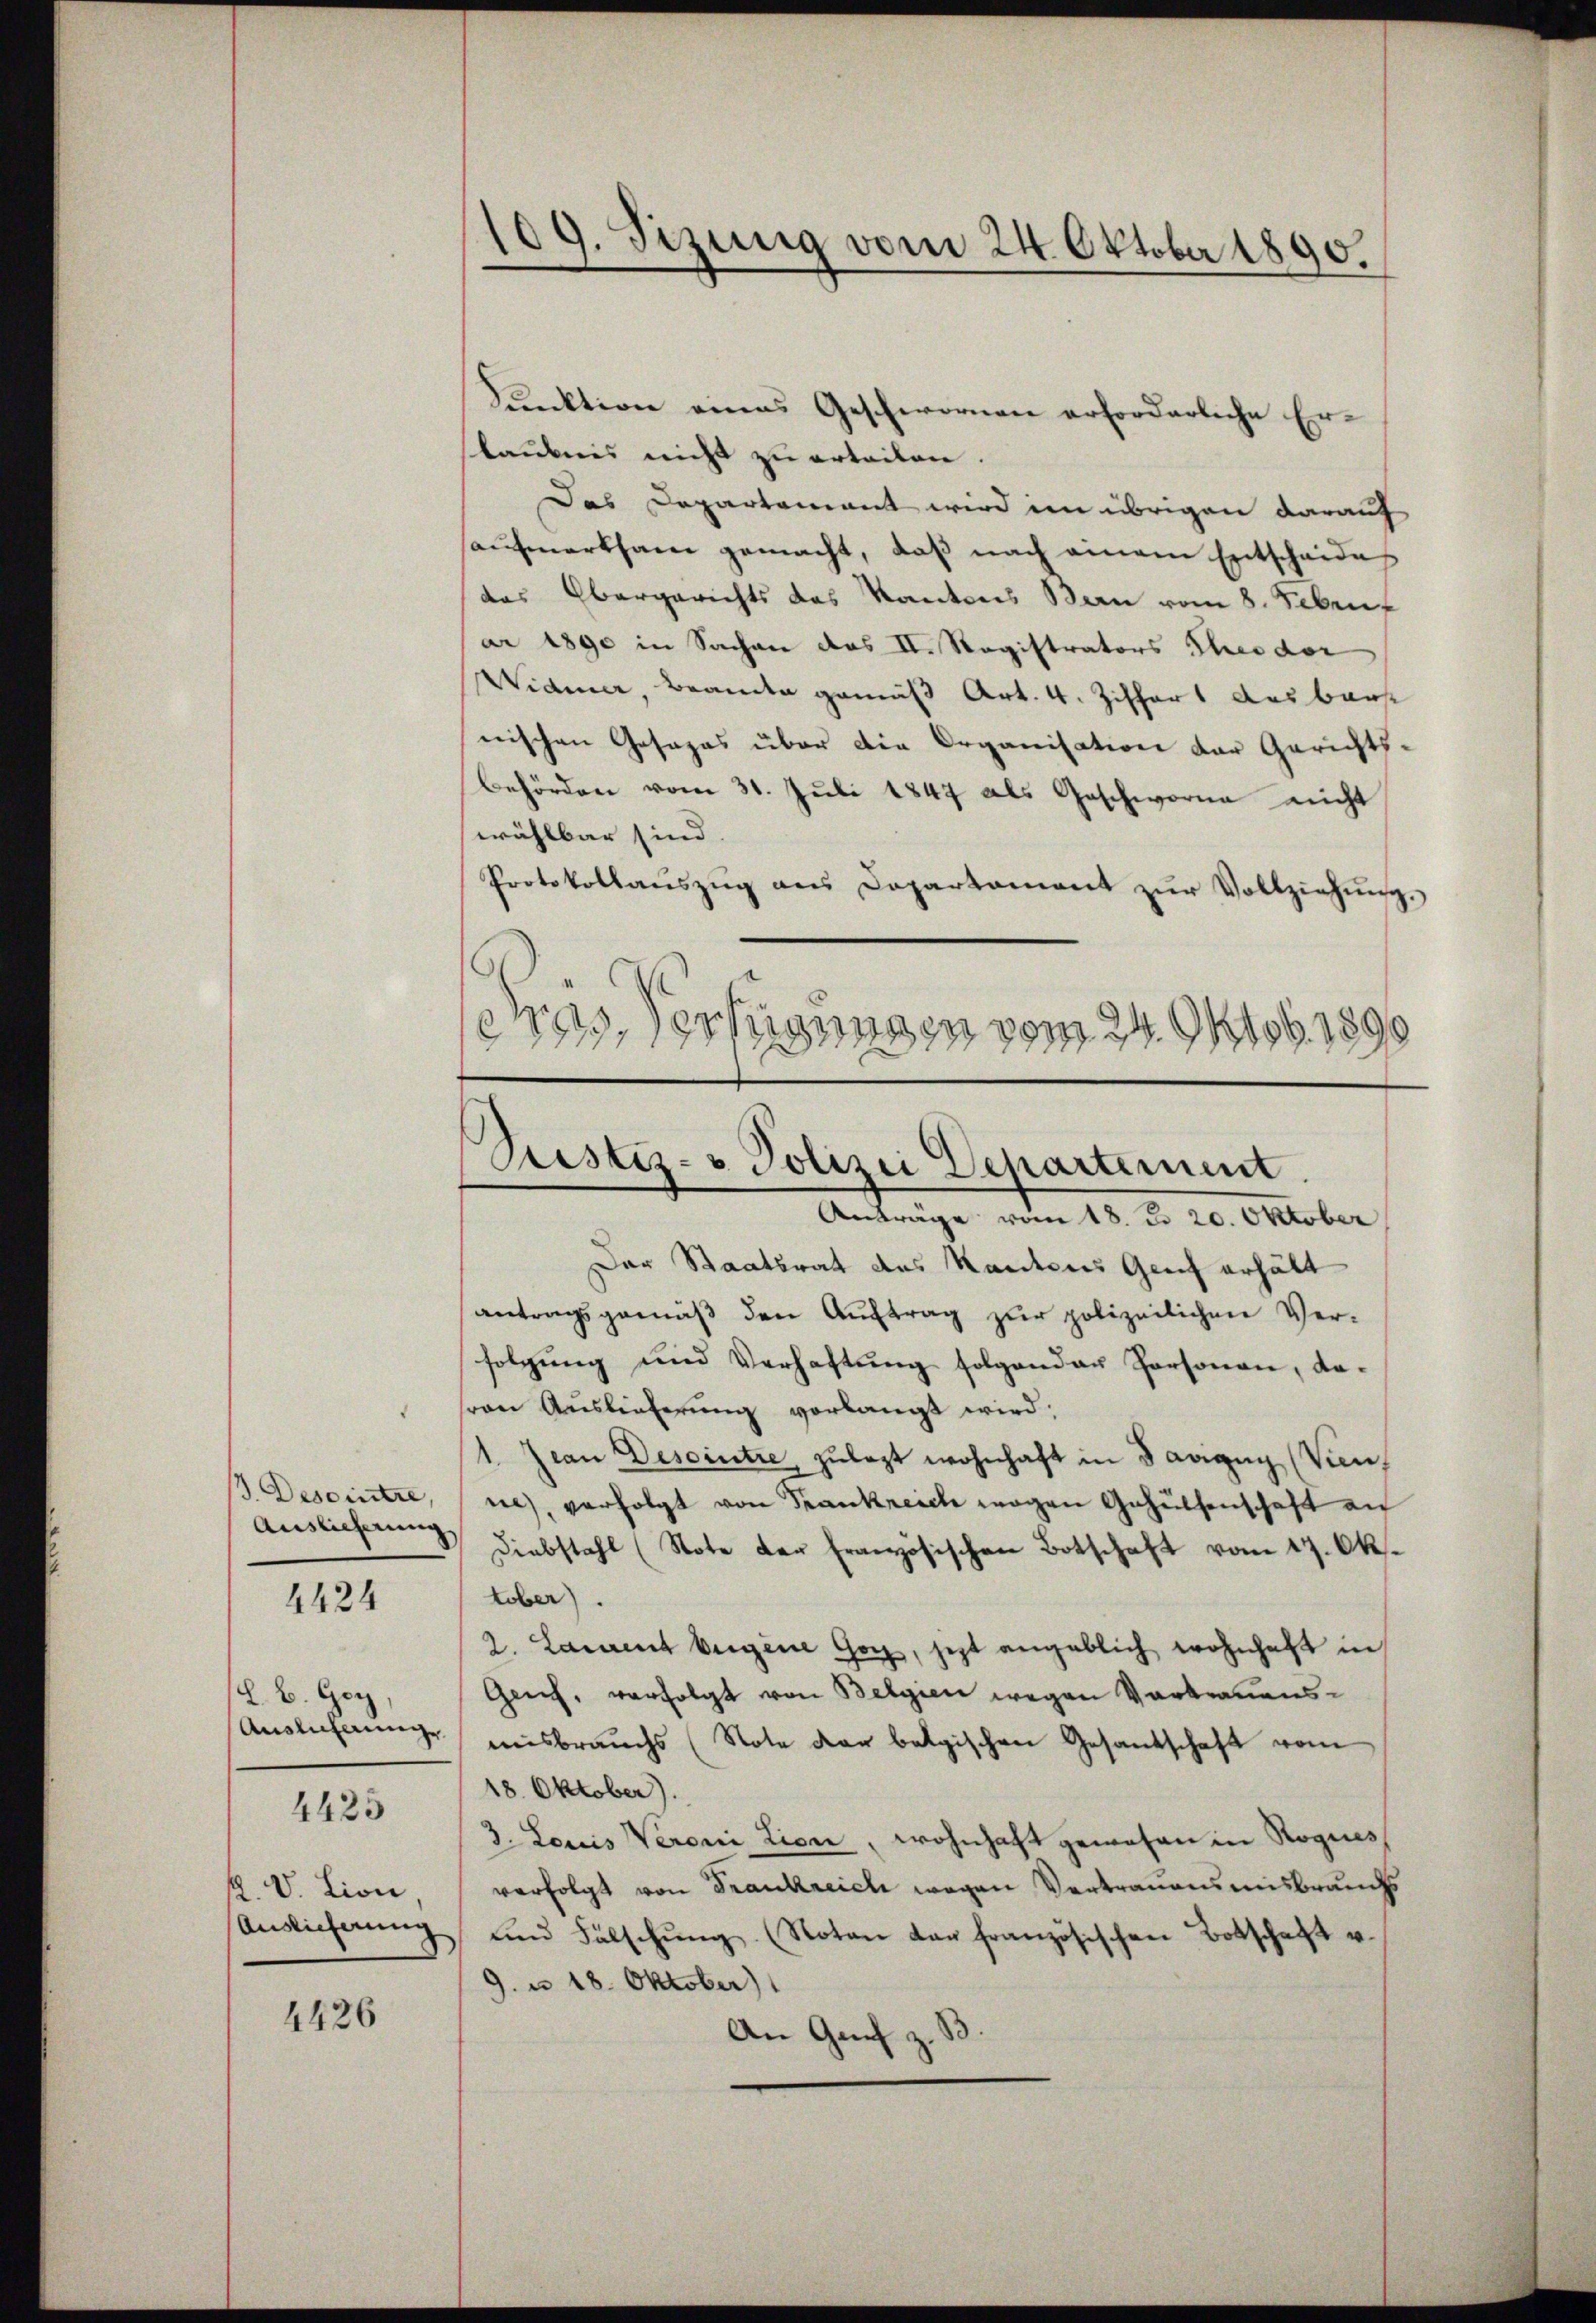
4424

Auslieferung
(L. B. Ger
4425

4426

Funktion eines Geschwornen erforderliche Erlaubnis nicht zu erteilen.
Das Departement wird im übrigen darauf
aŭfmerksam gemacht, daβ nach einem Entscheides
das Obergerichts das Kantons Bern vom 8. Febru
ar 1890 in Sachen das II. Ragistrators Theodor
Widmer, Beamte gemäß Art. 4. Ziffers aus bars
nischen Gesages über die Organisation der Gerichtsbehörden vom 31. Juli 1847 als Geschworne nicht
wählbar sind.
Protokollaŭszŭg ans Departament zŭr Vollziehŭng.
eos, Verfügungen vom 24. Mob. 1890
17 f.

Der Staatsrat des Kantons Gerich erhält
antragsgemäß den Auftrag zur polizeilichen Ver-
folgung und Verhaftung folgender Personen, dasren Auslieferung verlangt wird;
1. Jean Deseintre, zulezt wohnhaft in Savigny (Vien,
Desointre, ne verfolgt von Frankreich wegen Gehülfenschaft au
Diebstahl (Note der Französischen Botschaft vom 17. Ok-
tober).
2. Laient beigene Gor, jetzt angeblich wohnhaft in
Genf, verfolgt von Belgien wegen Vortrauens¬
Auslicherung ausbrauchs (Note der belgischen Gesandschaft vom
18. Oktober).
3. Louis Veroni Lion, wohnhaft gewesen in Rogues
2. V. Lion verfolgt von Frankreich wegen Vertrauensmisbrauchs
Auslicherŭng ŭnd Fälschŭng. (Noton der französischen Botschaft u.
9. u 18. Oktober)
3
An Genf z
.

109. Sizung vom 24. Oktober 1890.

Pustiz- & Polizei Departement.
Anträge vom 18. d. 20. Oktober